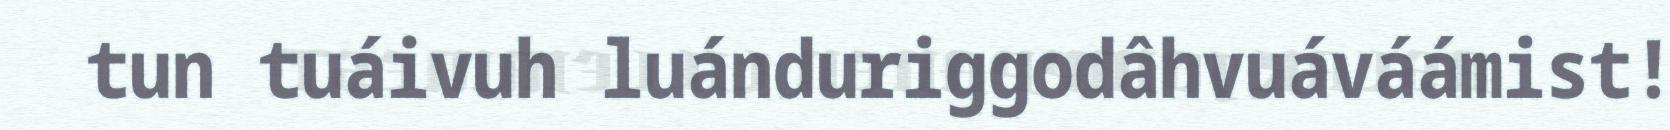
tun tuáivuh luánduriggodâhvuáváámist!